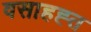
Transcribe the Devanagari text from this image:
वसाहह्त